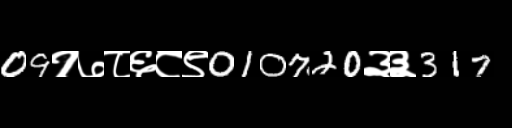
Text: 09१७८६८९010720३३317